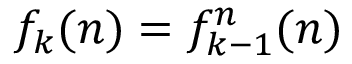
f _ { k } ( n ) = f _ { k - 1 } ^ { n } ( n )